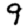
Digit: 9